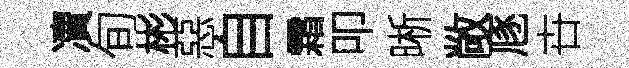
凟旬彬惡自霜叩晰敞豗卋